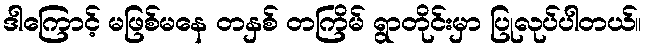
ဒါကြောင့် မဖြစ်မနေ တနှစ် တကြိမ် ရွာတိုင်းမှာ ပြုလုပ်ပါတယ်။